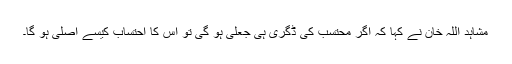
مشاہد اللہ خان نے کہا کہ اگر محتسب کی ڈگری ہی جعلی ہو گی تو اس کا احتساب کیسے اصلی ہو گا۔